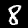
Digit: 8